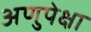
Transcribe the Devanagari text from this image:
अणुपेक्षा